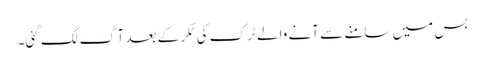
بس میں سامنے سے آنے والے ٹرک کی ٹکر کے بعد آگ لگ گئی۔